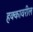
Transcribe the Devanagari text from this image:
हक्कावरील